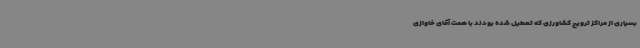
بسیاری از مراکز ترویج کشاورزی که تعطیل شده بودند با همت آقای خاوازی